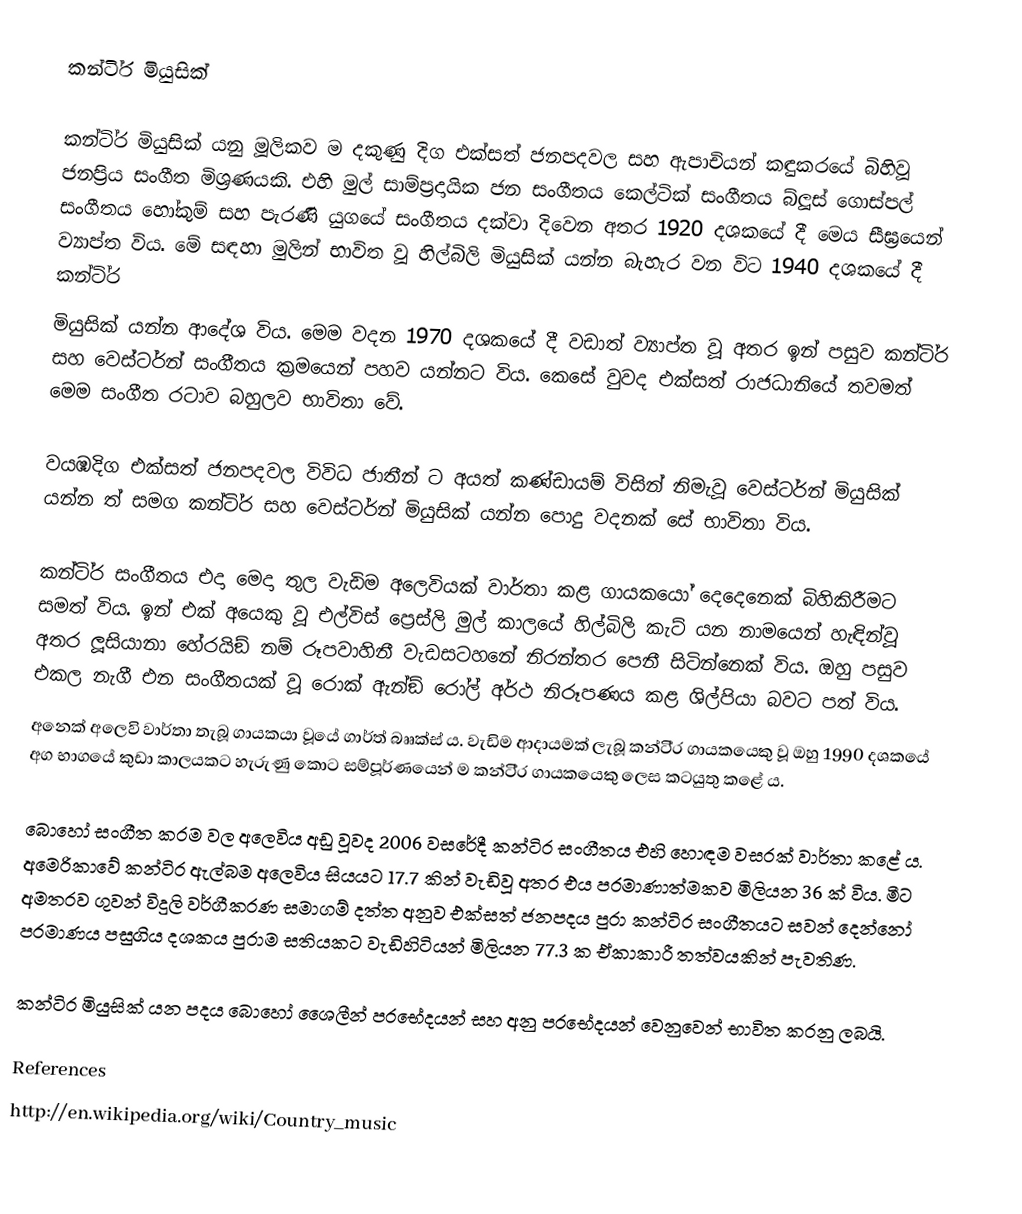
කන්ටි‍්‍ර මියුසික්

කන්ටි‍්‍ර මියුසික් යනු මූලිකව ම දකුණු දිග එක්සත් ජනපදවල සහ ඇපාචියන් කඳුකරයේ බිහිවූ ජනප‍්‍රිය සංගීත මිශ‍්‍රණයකි. එහි මුල් සාම්ප‍්‍රදායික ජන සංගීතය කෙල්ටික් සංගීතය බ්ලූස් ගොස්පල් සංගීතය හෝකුම් සහ පැරණි යුගයේ සංගීතය දක්වා දිවෙන අතර 1920 දශකයේ දී මෙය සීඝ‍්‍රයෙන් ව්‍යාප්ත විය. මේ සඳහා මුලින් භාවිත වූ හිල්බිලි මියුසික් යන්න බැහැර වන විට 1940 දශකයේ දී කන්ටි‍්‍ර
මියුසික් යන්න ආදේශ විය. මෙම වදන 1970 දශකයේ දී වඩාත් ව්‍යාප්ත වූ අතර ඉන් පසුව කන්ටි‍්‍ර සහ වෙස්ටර්න් සංගීතය ක‍්‍රමයෙන් පහව යන්නට විය. කෙසේ වුවද එක්සත් රාජධානියේ තවමත් මෙම සංගීත රටාව බහුලව භාවිතා වේ.

වයඹදිග එක්සත් ජනපදවල විවිධ ජාතීන් ට අයත් කණ්ඩායම් විසින් නිමැවූ වෙස්ටර්න් මියුසික් යන්න ත් සමග කන්ටි‍්‍ර සහ වෙස්ටර්න් මියුසික් යන්න පොදු වදනක් සේ භාවිතා විය.

කන්ටි‍්‍ර සංගීතය එදා මෙදා තුල වැඩිම අලෙවියක් වාර්තා කළ ගායකයෝ දෙදෙනෙක් බිහිකිරීමට සමත් විය. ඉන් එක් අයෙකු වූ එල්විස් ප්‍රෙස්ලි මුල් කාලයේ හිල්බිලි කැට් යන නාමයෙන් හැඳින්වූ අතර ලූසියානා හේරයිඞ් නම් රූපවාහිනී වැඩසටහනේ නිරන්තර පෙනී සිටින්නෙක් විය. ඔහු පසුව එකල නැගී එන සංගීතයක් වූ රොක් ඇන්ඞ් රෝල් අර්ථ නිරූපණය කළ ශිල්පියා බවට පත් විය.
අනෙක් අලෙවි වාර්තා තැබූ ගායකයා වූයේ ගාර්ත් බෲක්ස් ය. වැඩිම ආදායමක් ලැබූ කන්ටි‍්‍ර ගායකයෙකු වූ ඔහු 1990 දශකයේ අග භාගයේ කුඩා කාලයකට හැරුණු කොට සම්පූර්ණයෙන් ම කන්ටි‍්‍ර ගායකයෙකු ලෙස කටයුතු කළේ ය.

බොහෝ සංගීත ක‍්‍රම වල අලෙවිය අඩු වූවද 2006 වසරේදී කන්ටි‍්‍ර සංගීතය එහි හොඳම වසරක් වාර්තා කළේ ය. අමෙරිකාවේ කන්ටි‍්‍ර ඇල්බම අලෙවිය සියයට 17.7 කින් වැඩිවූ අතර එය ප‍්‍රමාණාත්මකව මිලියන 36 ක් විය. මීට අමතරව ගුවන් විදුලි වර්ගීකරණ සමාගම් දත්ත අනුව එක්සත් ජනපදය පුරා කන්ටි‍්‍ර සංගීතයට සවන් දෙන්නෝ ප‍්‍රමාණය පසුගිය දශකය පුරාම සතියකට වැඩිහිටියන් මිලියන 77.3 ක ඒකාකාරී තත්වයකින් පැවතිණ.

කන්ටි‍්‍ර මියුසික් යන පදය බොහෝ ශෛලීන් ප‍්‍රභේදයන් සහ අනු ප‍්‍රභේදයන් වෙනුවෙන් භාවිත කරනු ලබයි.

References
http://en.wikipedia.org/wiki/Country_music